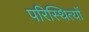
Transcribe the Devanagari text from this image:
परिस्थित्यों